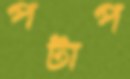
পটাপ